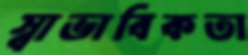
স্বাভাবিকতা